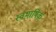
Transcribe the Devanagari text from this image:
स्वभाषिक